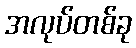
အလုပ်တစ်ခု